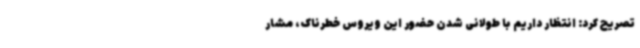
تصریح کرد: انتظار داریم با طولانی شدن حضور این ویروس خطرناک، مشار